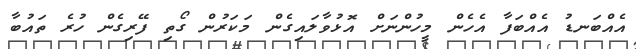
އެއްބަނޑު އެއްބަފާ އެހެން މީހުންނަށް އޮޅުވާލައިގެން މަކަރުން ގޯތި ފޭރިގެން ހުރެ ތައުބާ